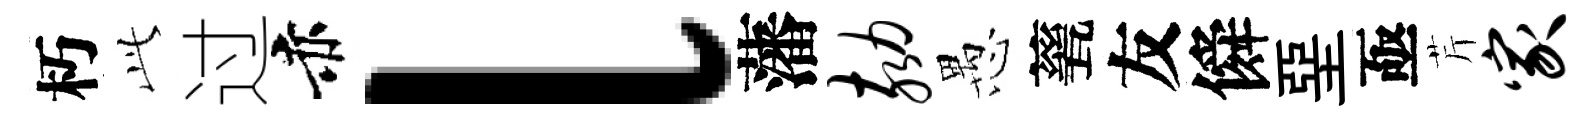
朽𬼘过赤l藩劾愚甆友僢堊亟芹家